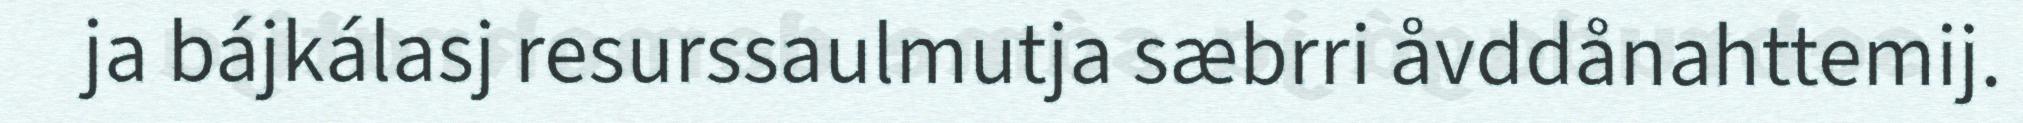
ja bájkálasj resurssaulmutja sæbrri åvddånahttemij.